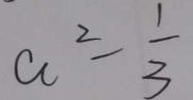
a ^ { 2 } - \frac { 1 } { 3 }